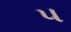
પ